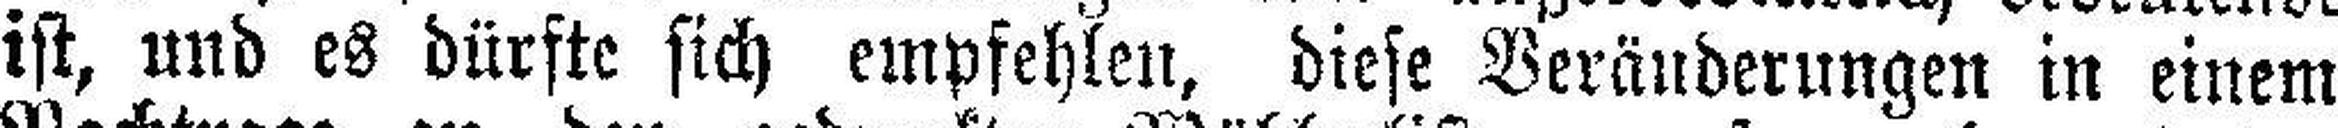
ist, und es dürfte sich empfehlen, diese Veränderungen in einem